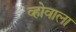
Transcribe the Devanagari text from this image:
व्होवाला